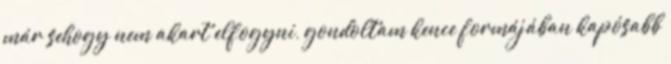
már sehogy nem akart elfogyni, gondoltam kence formájában kapósabb